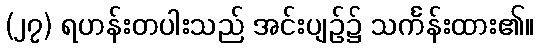
(၂၇) ရဟန်းတပါးသည် အင်းပျဉ်၌ သင်္ကန်းထား၏။